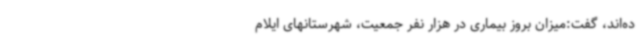
ده‌اند، گفت:میزان بروز بیماری در هزار نفر جمعیت، شهرستانهای ایلام